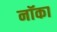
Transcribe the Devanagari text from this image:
नॉका